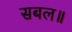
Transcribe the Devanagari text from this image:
सबल॥